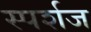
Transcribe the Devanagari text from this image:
स्पर्शज